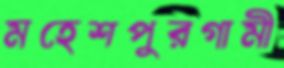
মহেশপুরগামী